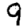
Digit: 9